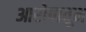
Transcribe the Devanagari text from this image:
आरोपातून